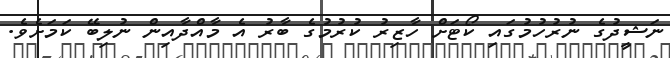
ނަޝީދުގެ ނުރުހުމުގައި ކޯޓަށް ހާޒިރު ކުރުމުގެ ބާރު އެ މާއްދާއިން ނުލިބޭ ކަމަށެވެ.